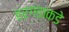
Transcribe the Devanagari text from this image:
हरगडाकडे